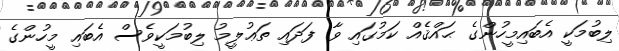
ލިބުމަކީ އެބައިމީހުންގެ ޙައްޤެއް ކަމުގައި ވާ ފަދައި ތަޢުލީމު ލިބުމަކީވެސް އެބައި މީހުންގެ